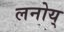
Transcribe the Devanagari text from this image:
लनोय्